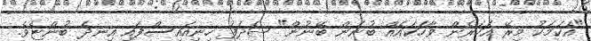
"އެކަމަކު މިރޭ އަހަރެން ވާހަކައެއް ބުނަން ބޭނުން" ޝަދަފު ހިނިއައިސްފައި އިނދެ ބުންޏެވެ.